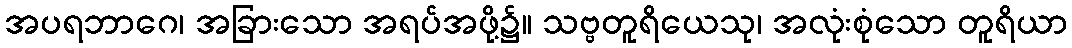
အပရဘာဂေ၊ အခြားသော အရပ်အဖို့၌။ သဗ္ဗတူရိယေသု၊ အလုံးစုံသော တူရိယာ